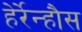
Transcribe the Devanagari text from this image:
हेर्रेन्हौस